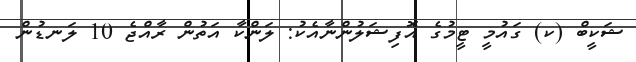
ޝަކީބް (ކ) ގައުމީ ޓީމުގެ އޮފިޝަލުންނާއެކު: ލަންކާ އަތުން ރާއްޖެ 10 ލަނޑުން